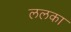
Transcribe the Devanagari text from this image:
ललका